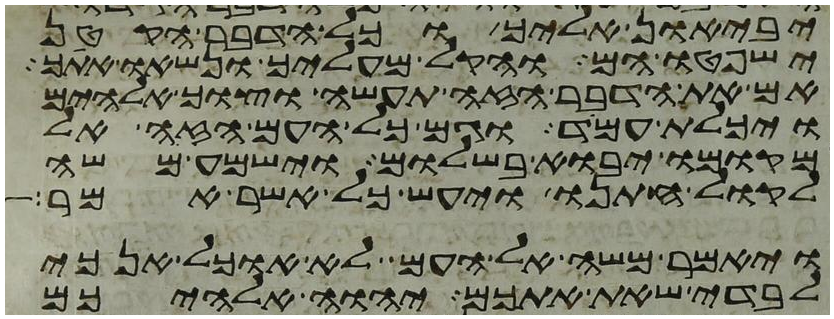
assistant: יביאון אליך וכל הדבר הקטן
ישפטו הם והקל מעליך ונשאו אתך
אם את הדבר הזה תעשה וצוך אלהים
ויכלת עמד וגם כל העם הזה אל
מקומו יבוא בשלום וישמע משה
לקול חתנו ויעש כל אשר אמר
ויאמר משה אל העם לא אוכל אנכי
לבדי שאת אתכם יהוה אלהיכם